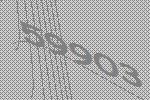
59903